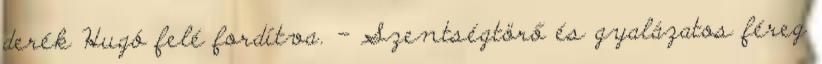
derék Hugó felé fordítva. - Szentségtörő és gyalázatos féreg